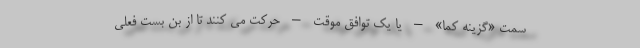
سمت «گزینه کما» – یا یک توافق موقت – حرکت می کنند تا از بن بست فعلی